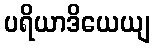
ပရိယာဒိယေယျ